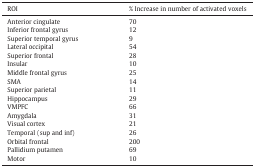
<table><thead><tr><td><b>ROI</b></td><td><b>% Increase in number of activated voxels</b></td></tr></thead><tbody><tr><td>Anterior cingulate</td><td>70</td></tr><tr><td>Inferior frontal gyrus</td><td>12</td></tr><tr><td>Superior temporal gyrus</td><td>9</td></tr><tr><td>Lateral occipital</td><td>54</td></tr><tr><td>Superior frontal</td><td>28</td></tr><tr><td>Insular</td><td>10</td></tr><tr><td>Middle frontal gyrus</td><td>25</td></tr><tr><td>SMA</td><td>14</td></tr><tr><td>Superior parietal</td><td>11</td></tr><tr><td>Hippocampus</td><td>29</td></tr><tr><td>VMPFC</td><td>66</td></tr><tr><td>Amygdala</td><td>31</td></tr><tr><td>Visual cortex</td><td>21</td></tr><tr><td>Temporal (sup and inf)</td><td>26</td></tr><tr><td>Orbital frontal</td><td>200</td></tr><tr><td>Pallidium putamen</td><td>69</td></tr><tr><td>Motor</td><td>10</td></tr></tbody></table>